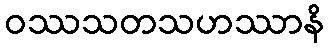
ဝဿသတသဟဿာနိ